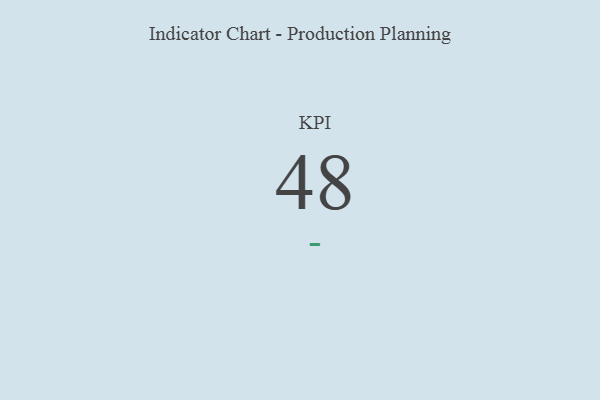
{"axis": {"x": "KPI", "y": "Value"}, "legend": [""], "data": [{"x": "KPI", "y": 48, "type": ""}]}